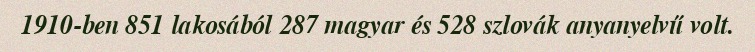
1910-ben 851 lakosából 287 magyar és 528 szlovák anyanyelvű volt.